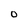
Character: 0